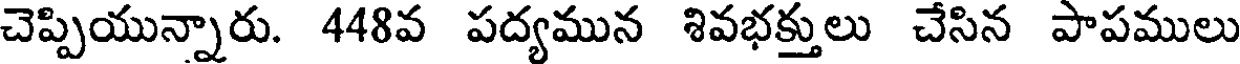
చెప్పియున్నారు. 448వ పద్యమున శివభక్తులు చేసిన పాపములు